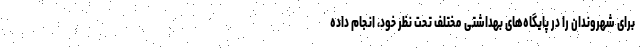
برای شهروندان را در پایگاه‌های بهداشتی مختلف تحت نظر خود، انجام داده